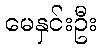
မေနှင်းဦး